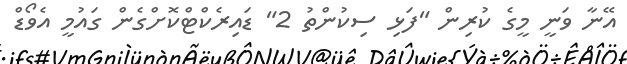
އޭނާ ވަނީ މީގެ ކުރިން "ފަޅި ސިކުންތު 2" ޑައިރެކްޓްކޮށްގެން ގައުމީ އެވޯޑް